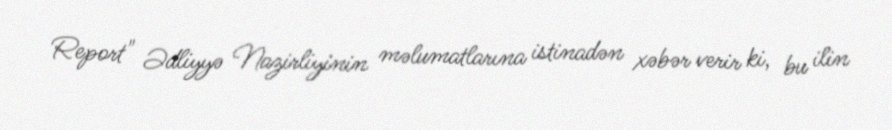
Report" Ədliyyə Nazirliyinin məlumatlarına istinadən xəbər verir ki, bu ilin